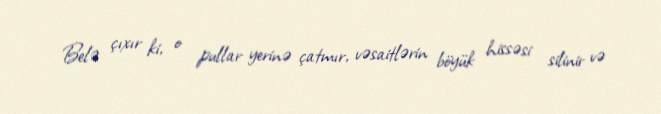
Belə çıxır ki, o pullar yerinə çatmır, vəsaitlərin böyük hissəsi silinir və